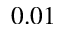
0 . 0 1